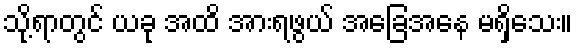
သို့ရာတွင် ယခု အထိ အားရဖွယ် အခြေအနေ မရှိသေး။